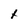
Character: t